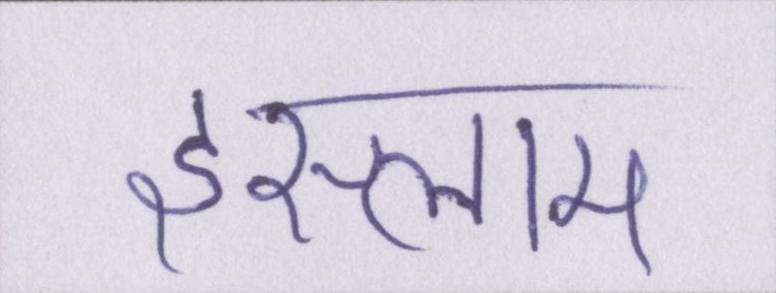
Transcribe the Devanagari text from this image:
इस्लाम